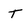
Character: t